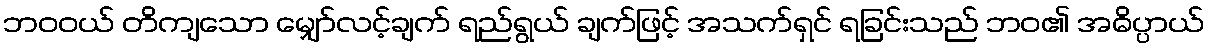
ဘဝဝယ် တိကျသော မျှော်လင့်ချက် ရည်ရွယ် ချက်ဖြင့် အသက်ရှင် ရခြင်းသည် ဘဝ၏ အဓိပ္ပာယ်